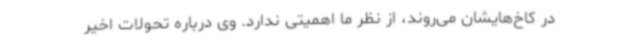
در کاخ‌هایشان می‌روند، از نظر ما اهمیتی ندارد. وی درباره تحولات اخیر